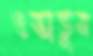
ওস্‌কাতুম